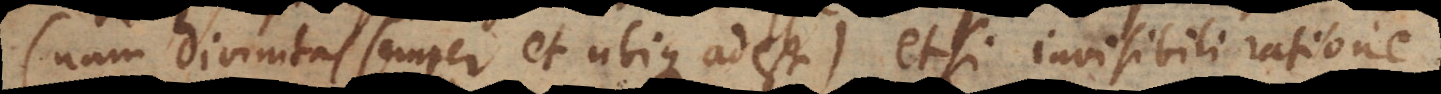
nam divinitas semper et ubique adest) etsi invisibili ratione.